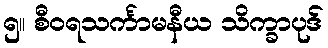
၅။ စီဝရသင်္ကာမနီယ သိက္ခာပုဒ်